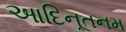
આદિનૂતનમ